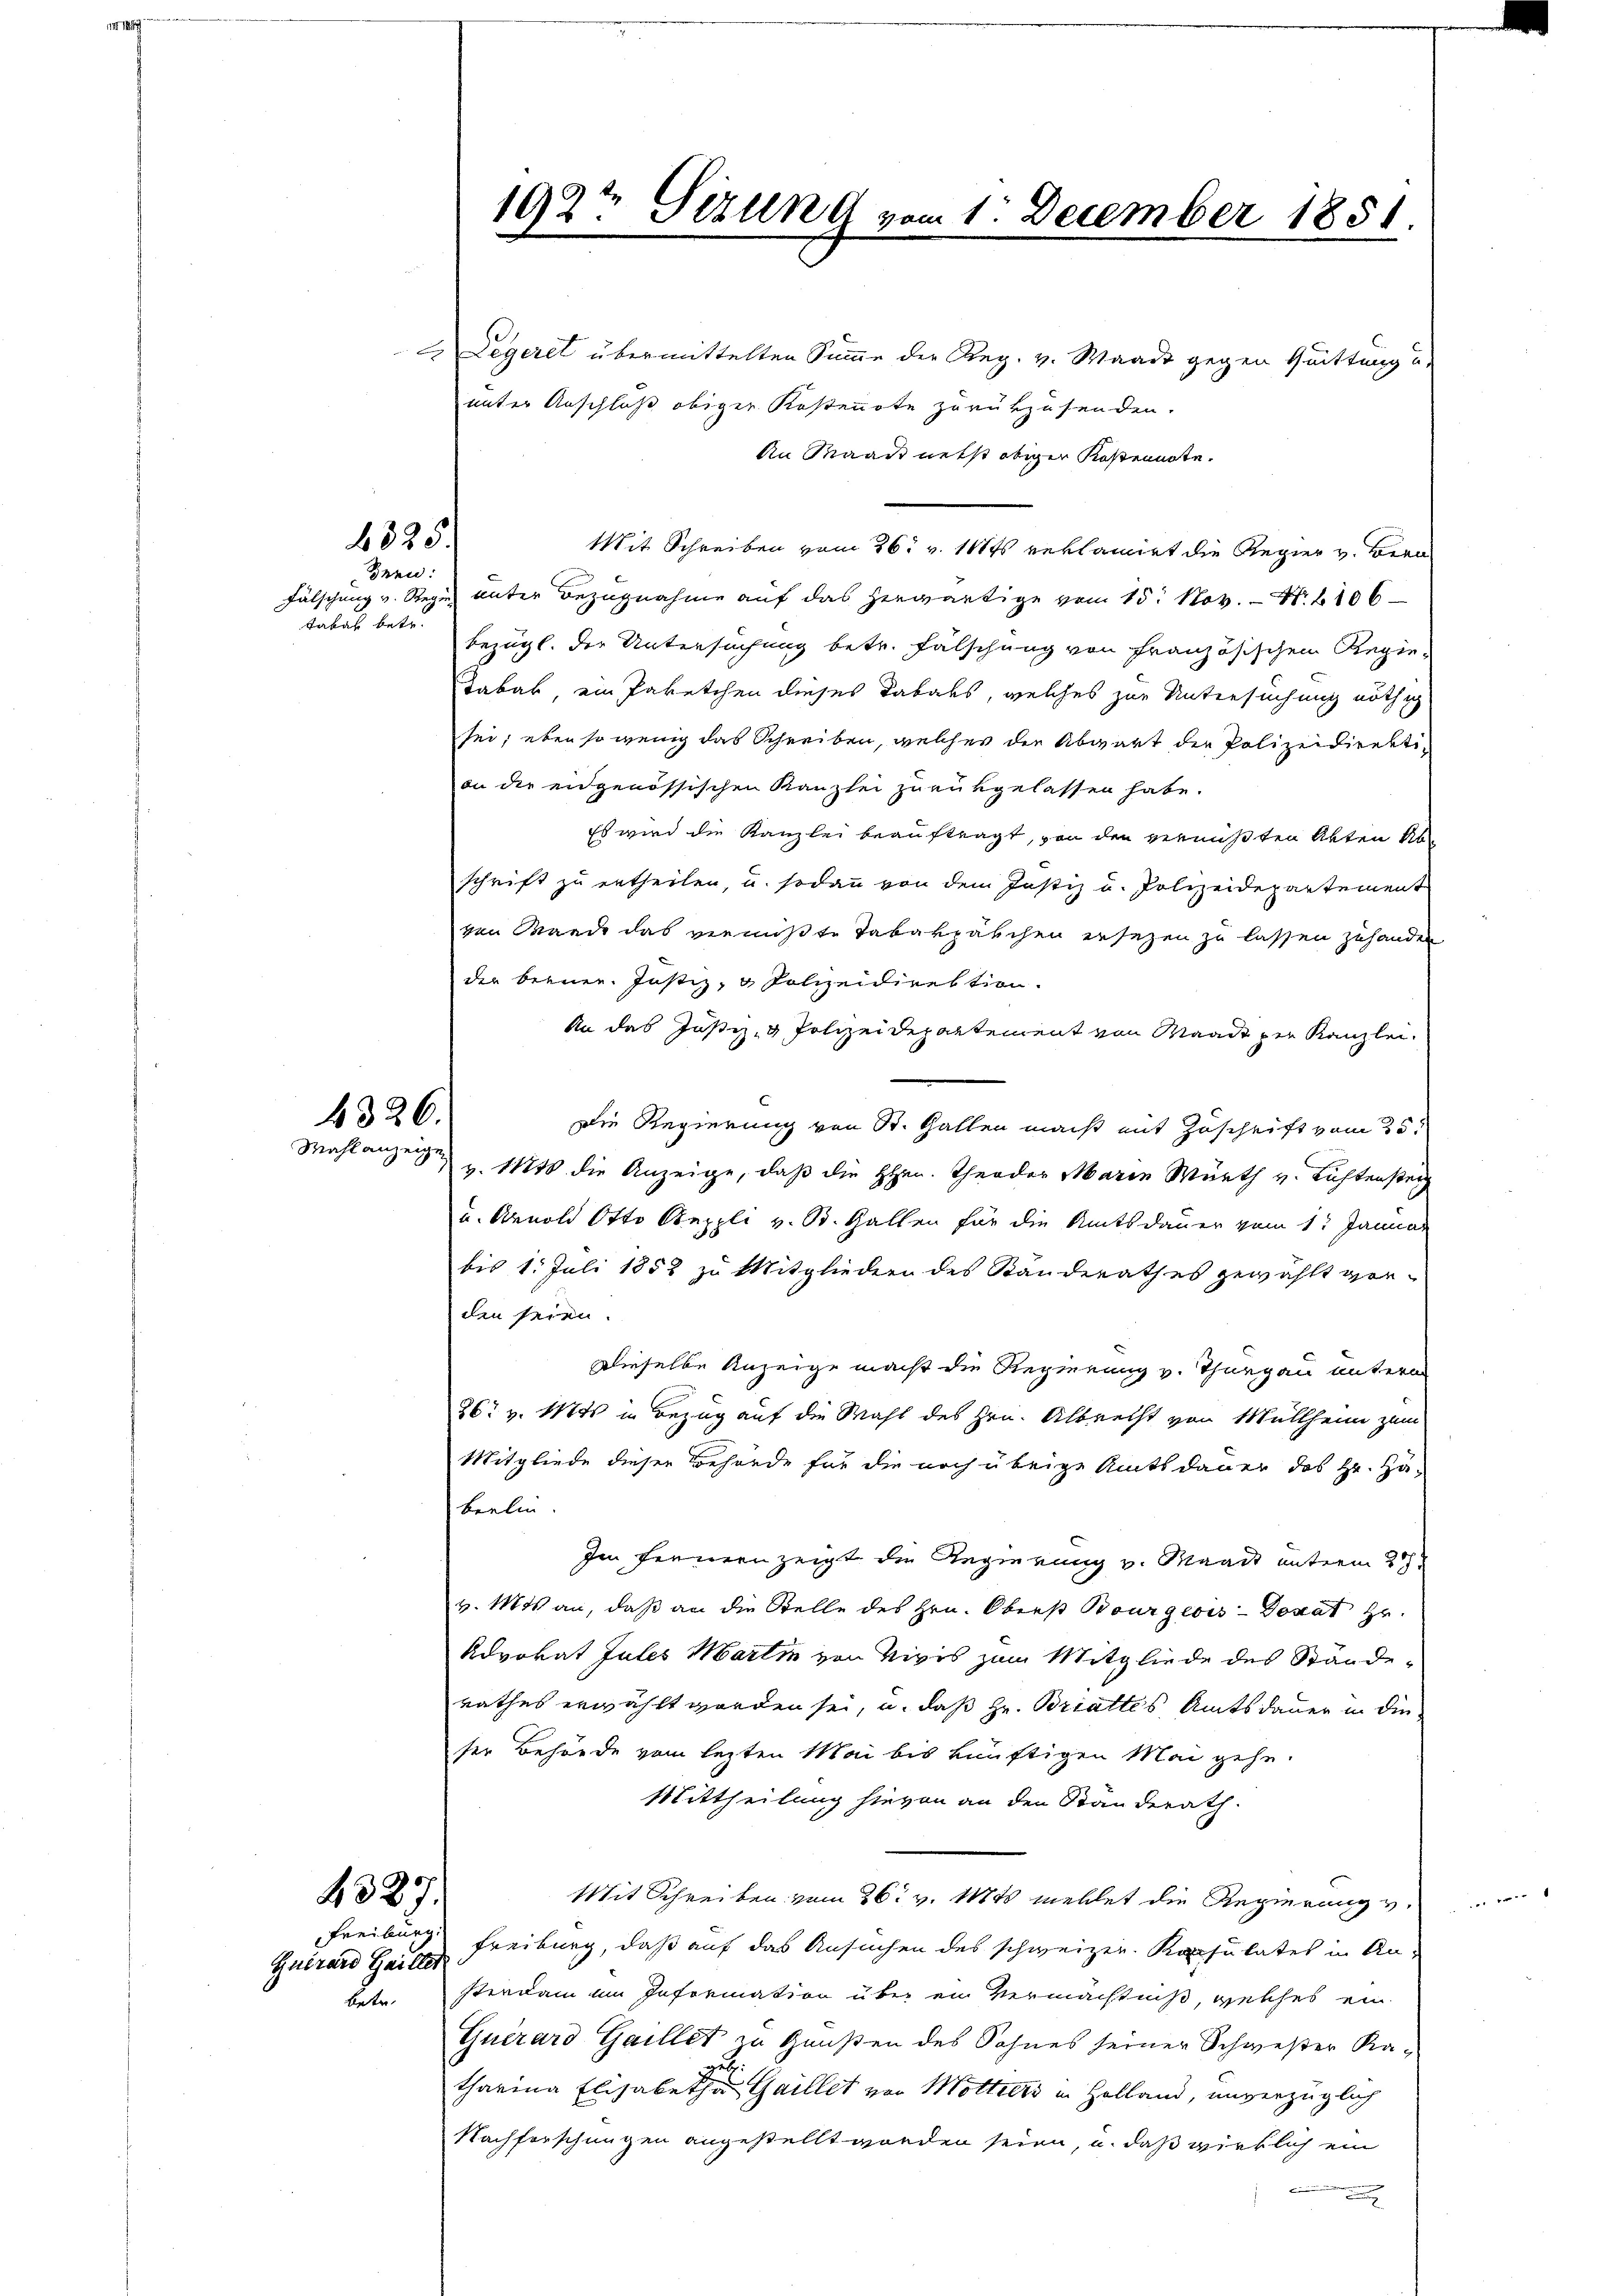
4335
Bnen:

tabel betr.

4326.
Mahl anzeige

4327.
Freibung

Guirard Heiller

Legeret übermittelten Summe der Reg. v. Waadt gegen Quittung u.
unter Anschluß obiger Kostennote zurükzusenden.
An Waadt nett obiger Kostennote.
Mit Schreiben vom 26. v. 111ts reklamirt die Regier v. Bern
Fälschung v. Regen unter Bezugnahme auf das herwärtige vom 15. Nov. - No. 2106
bezügl. der Untersuchung betr. Fälschung von Französischen Regie¬
Tabak, ein Paketchen dieses Tabaks, welches zur Untersuchung nöthig
sei; eben so wenig das Schreiben, welches die Abwart der Polizeidirektiin die eidgenössischen Kanzlei zurükgelassen habe.
Es wird die Kanzlei beauftragt, von den vermißten Akten Abe
schrift zu ertheilen, u. sodann von dem Justiz u. Polizeidepartement
ven Mande das vermißte Tabakpäschen ersezen zu lassen zuhanden
der brener. Justiz- & Polizeidirektion.
An das Justiz- & Polizeidepartement von Waadt per Kanzlei.
Die Regierung von St. Gallen macht mit Zuschrift vom 25t
v. 1848 die Anzeige, daß die Hrn. Theoder Marie Würth v. Lichtenstei
u. Arnold Otto Aeppli v. St. Gallen für die Amtsdauer vom 1. Januar
bis 1. Juli 1858 zu Mitgliedern des Standerathes gewählt vor-
den seien.
Dieselbe Anzeige macht die Regierung v. Thurgau untern
26. v. Mts. in Bezug auf die Wahl des Hrn. Albrecht von Müllheim zum
Mitgliede dieser Behörde für die noch übrige Amtsdauer des Hr. Hä-
beelin.
Im fernern zeigt die Regierung v. Waadt unterm 2te
v. Mts. an, daß an die Stelle des Hrn. Oberst Bourgeois Donat zu.
Advokat Jules Martin von Nivis zum Mitgliede des Ständerathes erwählt worden sei, u. daß Hr. Brattes Amtsdauer in die
ser Behörde vom lezten Mai bis künftigen Mai gehe.
Mittheilung hievon an den Ständerath.
Mit Schreiben vom 26. v. 184 mellet die Regierung v.
Freiburg, daß auf das Ansuchen des schweizer. Konsulates in An-
betr. sterdam um Information über in Vermächtniß, welches ein
Guerard Gaillet zu Gunsten des Sohnes seiner Schwester Ka-
get.
tharina Elisabetha Gaillet von Mottiers in Holland, unverzüglich
Nachforschungen angestellt worden seien, u. daß wirklich ein

192t Sizung vom 1. December 1851.